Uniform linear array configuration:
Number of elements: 12
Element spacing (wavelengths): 1
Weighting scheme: blackman
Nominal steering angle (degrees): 60
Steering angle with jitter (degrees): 60.779
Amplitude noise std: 0.05
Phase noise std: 0.05

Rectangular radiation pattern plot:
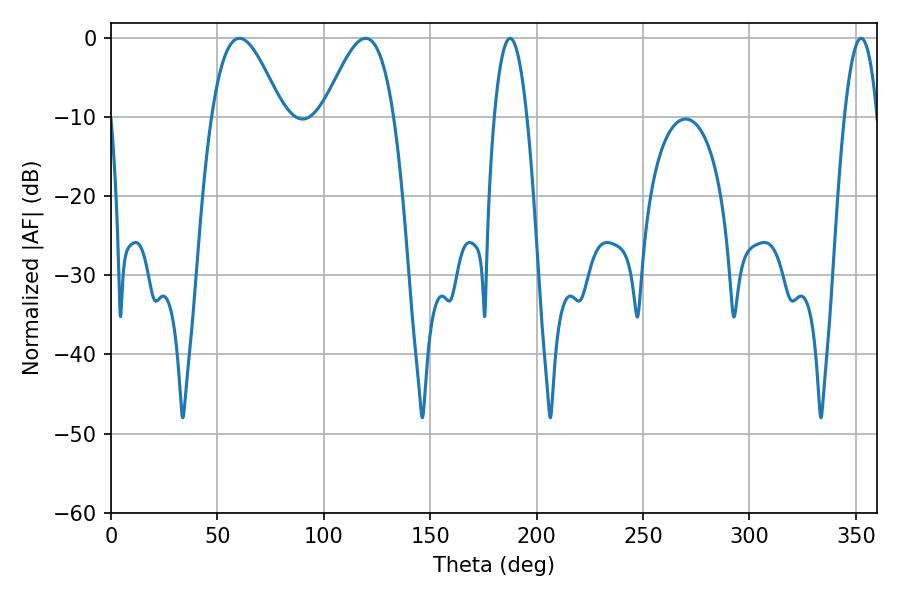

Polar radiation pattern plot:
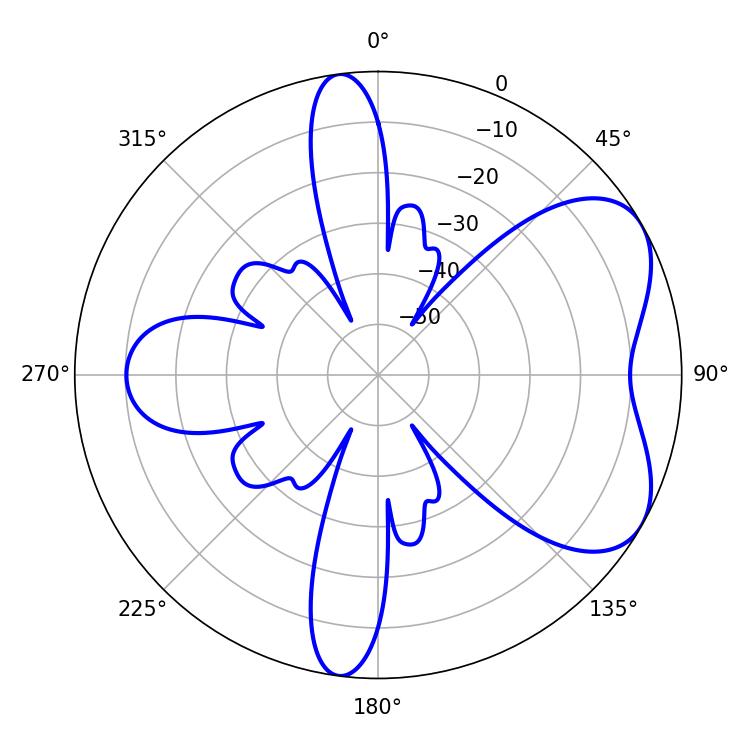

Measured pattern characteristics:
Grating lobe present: TRUE
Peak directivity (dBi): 5.629
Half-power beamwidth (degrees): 18
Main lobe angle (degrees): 60.3